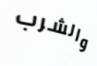
والشرب